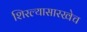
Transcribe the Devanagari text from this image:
शिरल्यासारखेच